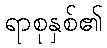
ရာစုနှစ်၏